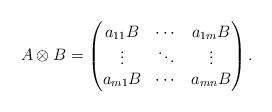
LaTeX: \begin{align*}A \otimes B = \begin{pmatrix}a_{11} B & \cdots & a_{1m} B\\\vdots & \ddots & \vdots \\a_{m1}B & \cdots & a_{mn}B\end{pmatrix}.\end{align*}